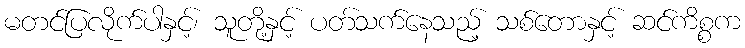
မတင်ပြလိုက်ပါနှင့်၊ သူတို့နှင့် ပတ်သက်နေသည့် သစ်တောနှင့် ဆင်ကိစ္စက